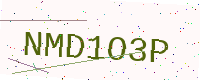
Text: NMD1O3P